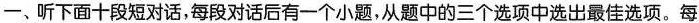
一、听下面十段短对话，每段对话后有一个小题，从题中的三个选项中选出最佳选项。每